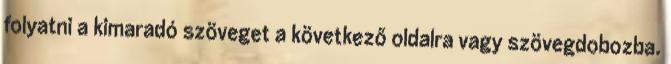
folyatni a kimaradó szöveget a következő oldalra vagy szövegdobozba.